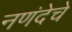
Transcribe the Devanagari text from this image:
नणंदेचे